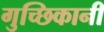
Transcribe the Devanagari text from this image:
गुच्छिकानी